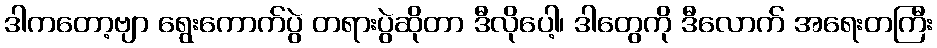
ဒါကတော့ဗျာ ရွေးကောက်ပွဲ တရားပွဲဆိုတာ ဒီလိုပေါ့၊ ဒါတွေကို ဒီလောက် အရေးတကြီး